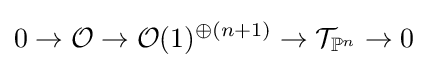
0\to {\mathcal {O}}\to {\mathcal {O}}(1)^{\oplus (n+1)}\to {\mathcal {T}}_{\mathbb {P} ^{n}}\to 0